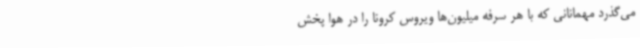
می‌گذرد مهمانانی که با هر سرفه میلیون‌ها ویروس کرونا را در هوا پخش